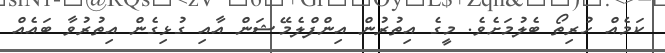
ކަމެއް ހުރިތޯ ބެލުމަށެވެ. މީގެ އިތުރުން އިންފްލެމޭޝަން އާއި ގުޅިގެން އިތުރުވާ ބައެއް